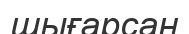
шығарсаң